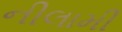
નીલામી